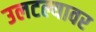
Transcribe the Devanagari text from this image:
उलटल्यावर